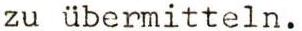
zu übermitteln.